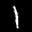
Label: 1